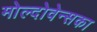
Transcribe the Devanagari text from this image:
मोल्दोवेन्सका